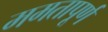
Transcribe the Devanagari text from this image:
ममतापूर्ण